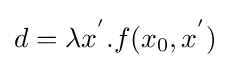
d=\lambda x^{'}.f(x_{0},x^{'})